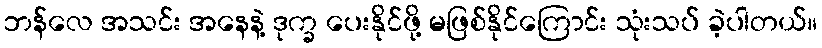
ဘန်လေ အသင်း အနေနဲ့ ဒုက္ခ ပေးနိုင်ဖို့ မဖြစ်နိုင်ကြောင်း သုံးသပ် ခဲ့ပါတယ်။